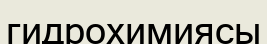
гидрохимиясы